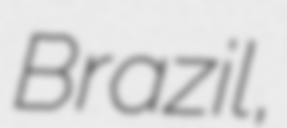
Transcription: Brazil,